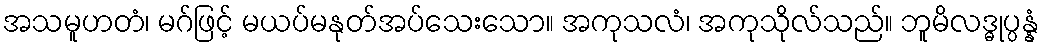
အသမူဟတံ၊ မဂ်ဖြင့် မယပ်မနုတ်အပ်သေးသော။ အကုသလံ၊ အကုသိုလ်သည်။ ဘူမိလဒ္ဓုပ္ပန္နံ